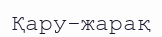
Қару-жарақ